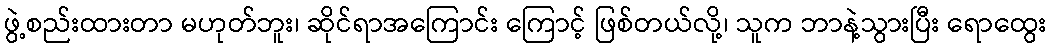
ဖွဲ့စည်းထားတာ မဟုတ်ဘူး၊ ဆိုင်ရာအကြောင်း ကြောင့် ဖြစ်တယ်လို့၊ သူက ဘာနဲ့သွားပြီး ရောထွေး